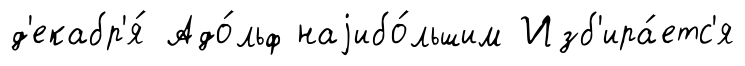
д'екабр'я́ Адо́льф наjибо́льшим Изб'ира́етс'я